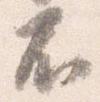
不